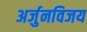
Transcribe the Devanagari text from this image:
अर्जुनविजय